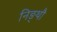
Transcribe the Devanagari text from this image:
निङ्थौ